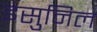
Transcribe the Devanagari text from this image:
इंसुनिल